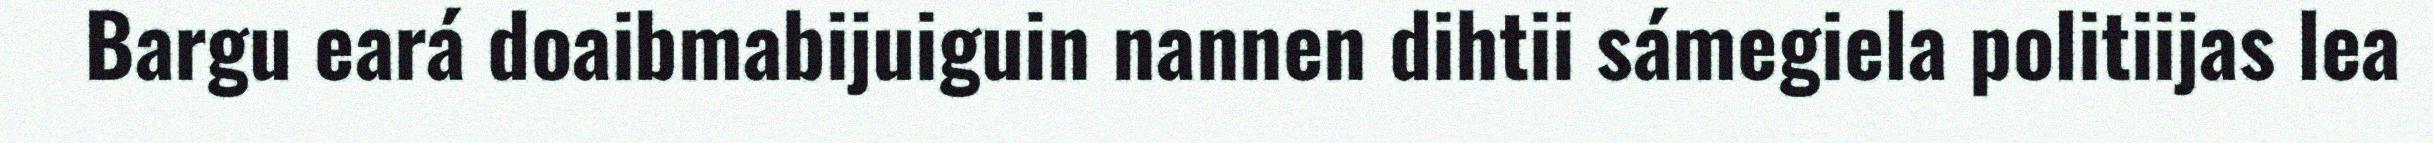
Bargu eará doaibmabijuiguin nannen dihtii sámegiela politiijas lea